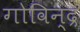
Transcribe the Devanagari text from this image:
गोविन्द्र